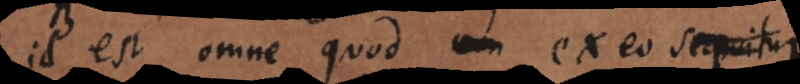
id est omne quod ex eo sequitur